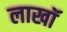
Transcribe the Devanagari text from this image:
लाखॉ